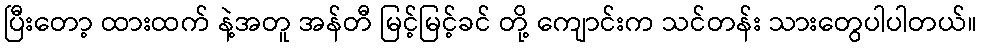
ပြီးတော့ ထားထက် နဲ့အတူ အန်တီ မြင့်မြင့်ခင် တို့ ကျောင်းက သင်တန်း သားတွေပါပါတယ်။